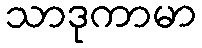
သာဒုကာမာ